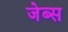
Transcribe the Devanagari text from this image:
जेब्स